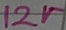
Text: 12V